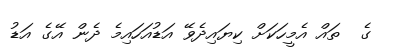
ގެ  ތައް އެމީހަކަށް ކިޔައިދެވޭ އަޑުއަހައިމެ ދެން އޭގެ އަޑު